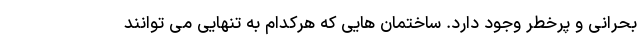
بحرانی و پرخطر وجود دارد. ساختمان هایی که هرکدام به تنهایی می توانند